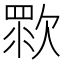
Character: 𣣴